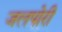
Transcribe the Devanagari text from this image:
जलपोरी